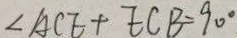
\angle A C E + E C B = 9 0 ^ { \circ }